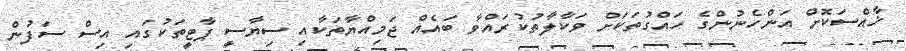
ޚާއްސަކޮށް އަންހެނުންގެ ހައްގުތަކަށް ވަކާލާތުކުރައްވާ ބައެއް ޖަމިއްޔާތަކާއި ސިޔާސީ ޕާޓީތަކުގައި އިސް ސަފުން